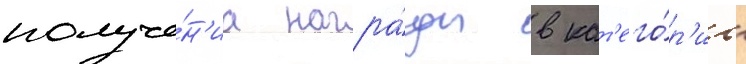
получе́н'иа награ́ды в кат'его́р'ии